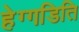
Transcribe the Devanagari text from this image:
हेग्गडिति